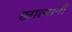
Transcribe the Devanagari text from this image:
खात्यांनी